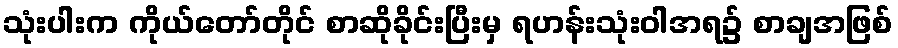
သုံးပါးက ကိုယ်တော်တိုင် စာဆိုခိုင်းပြီးမှ ရဟန်းသုံးဝါအရ၌ စာချအဖြစ်